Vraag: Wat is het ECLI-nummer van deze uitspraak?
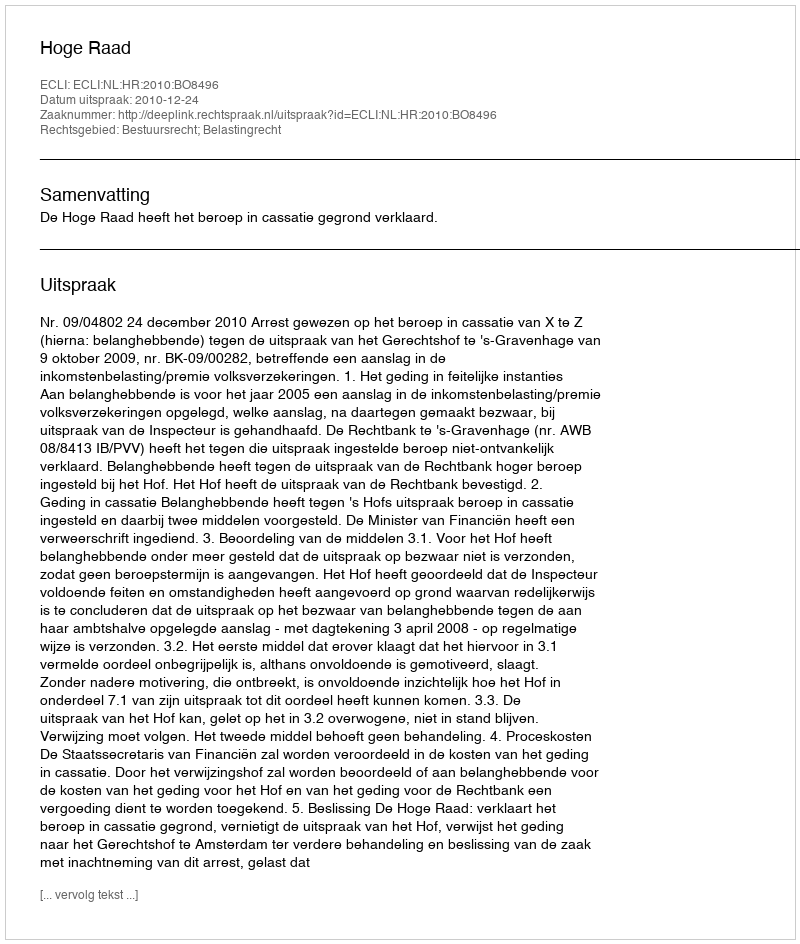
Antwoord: ECLI:NL:HR:2010:BO8496